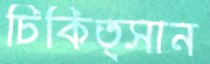
চিকিত্সান